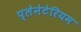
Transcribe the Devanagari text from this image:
प्‍लेनेटेरियम